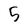
Character: 5